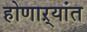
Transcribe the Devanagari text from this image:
होणाऱ्यांत